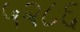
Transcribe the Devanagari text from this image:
५२८६